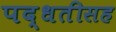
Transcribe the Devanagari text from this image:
पद्धतीसह